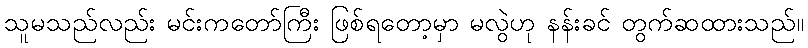
သူမသည်လည်း မင်းကတော်ကြီး ဖြစ်ရတော့မှာ မလွဲဟု နန်းခင် တွက်ဆထားသည်။